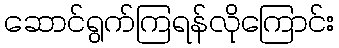
ဆောင်ရွက်ကြရန်လိုကြောင်း